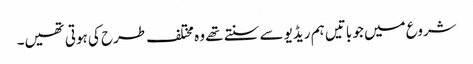
شروع میں جو باتیں ہم ریڈیو سے سنتے تھے وہ مختلف طرح کی ہوتی تھیں۔